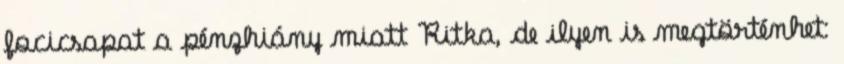
focicsapat a pénzhiány miatt Ritka, de ilyen is megtörténhet: